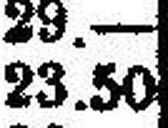
23.50